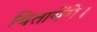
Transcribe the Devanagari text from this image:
बितायेंगे।